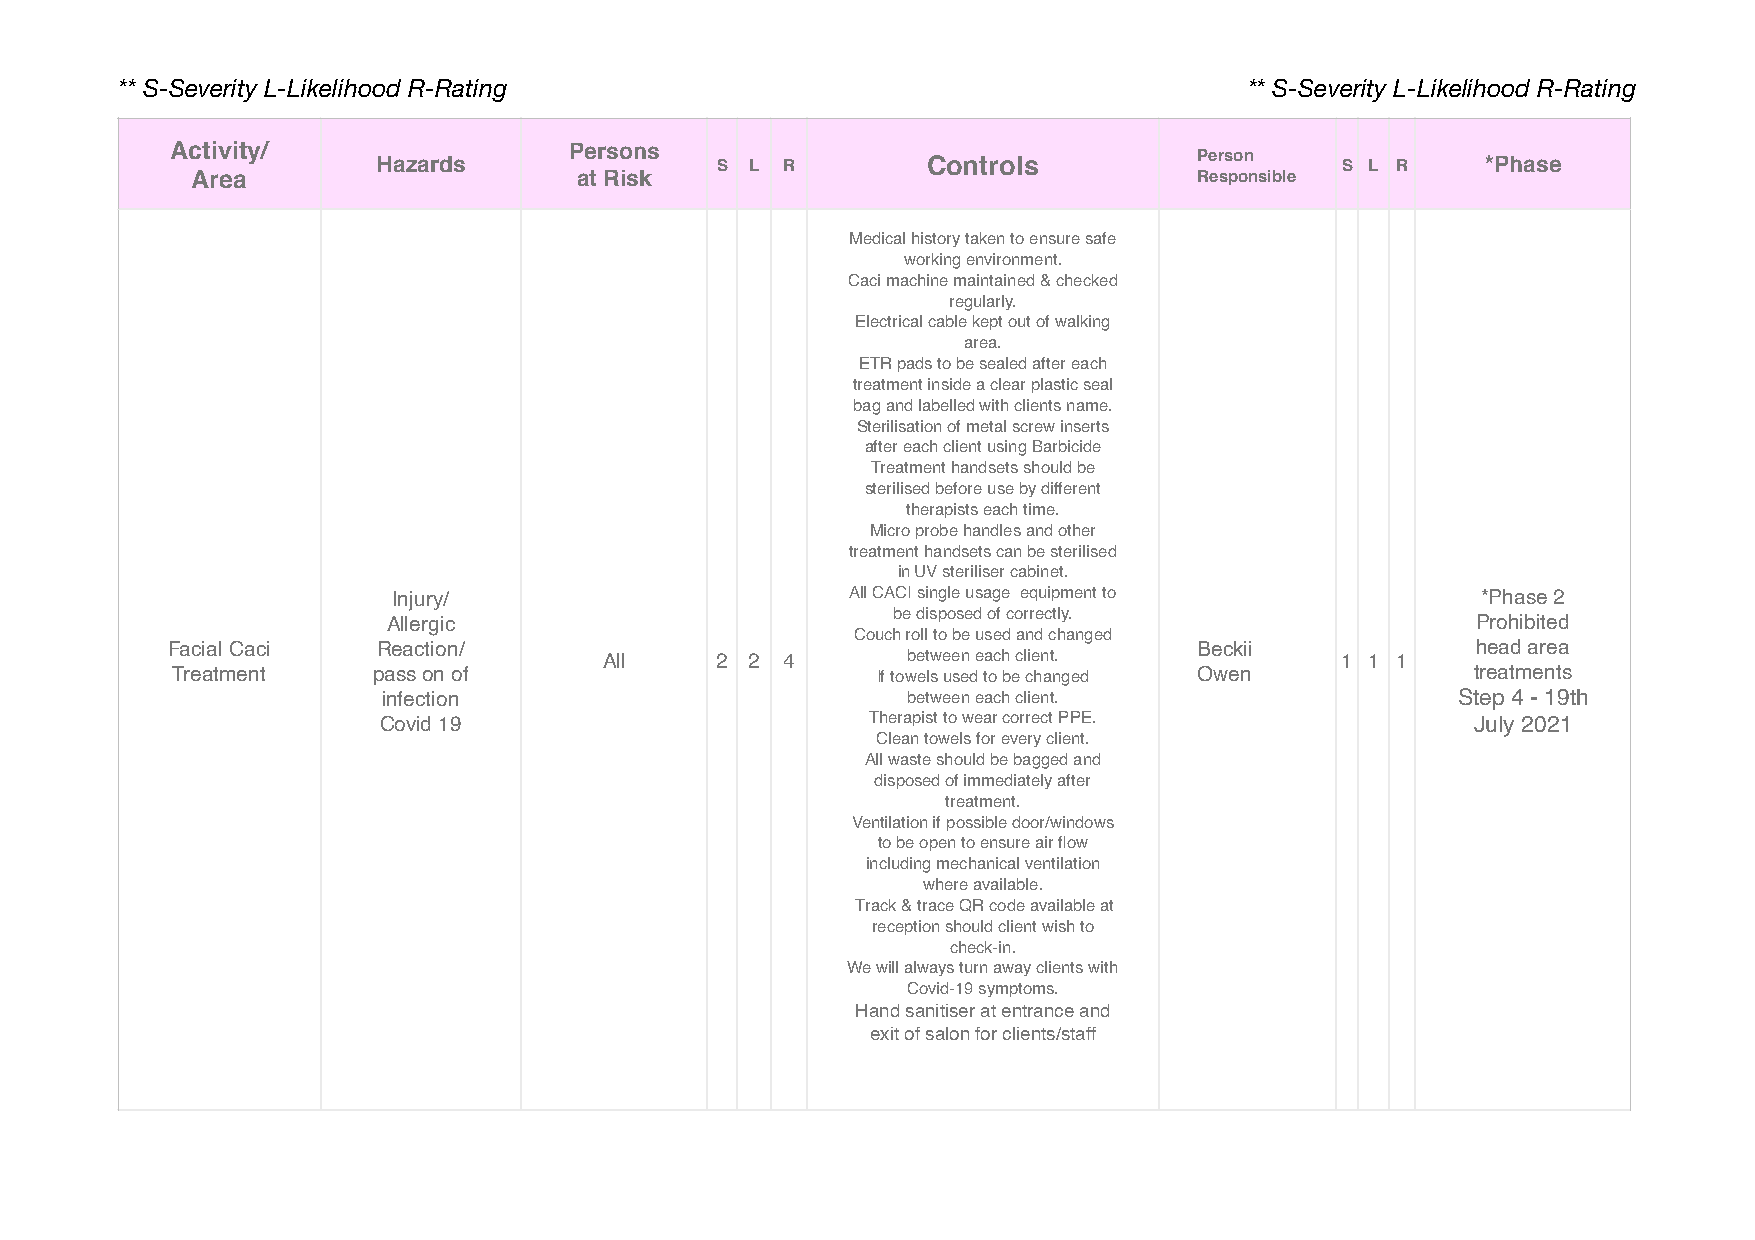
** S-Severity L-Likelihood R-Rating                                        ** S-Severity L-Likelihood R-Rating
 Activity/     Hazards      Persons  S  L R        Controls          Person    S L R    *Phase
 Area                     at Risk                                  Responsible
 Medical history taken to ensure safe
 working environment.
 Caci machine maintained & checked
 regularly.
 Electrical cable kept out of walking
 area.
 ETR pads to be sealed after each
 treatment inside a clear plastic seal
 bag and labelled with clients name.
 Sterilisation of metal screw inserts
 after each client using Barbicide
 Treatment handsets should be
 sterilised before use by different
 therapists each time.
 Micro probe handles and other
 treatment handsets can be sterilised
 in UV steriliser cabinet.
 Injury/                       All CACI single usage equipment to        *Phase 2
 Allergic                         be disposed of correctly.              Prohibited
 Couch roll to be used and changed
 Facial Caci   Reaction/                                             Beckii             head area
 All    2  2 4       between each client.         1 1 1
 Treatment     pass on of                       If towels used to be changed Owen       treatments
 infection                          between each client.                Step 4 - 19th
 Covid 19                         Therapist to wear correct PPE.          July 2021
 Clean towels for every client.
 All waste should be bagged and
 disposed of immediately after
 treatment.
 Ventilation if possible door/windows
 to be open to ensure air flow
 including mechanical ventilation
 where available.
 Track & trace QR code available at
 reception should client wish to
 check-in.
 We will always turn away clients with
 Covid-19 symptoms.
 Hand sanitiser at entrance and
 exit of salon for clients/staff